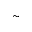
\sim